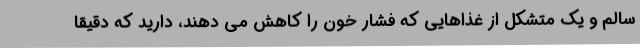
سالم و یک متشکل از غذاهایی که فشار خون را کاهش می دهند، دارید که دقیقا